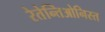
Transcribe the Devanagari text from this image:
रेतेन्तिओनिस्त